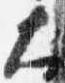
大